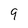
Character: 9